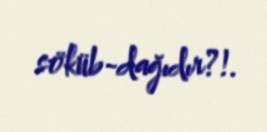
söküb-dağıdır?!.